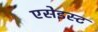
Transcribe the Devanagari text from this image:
एसेइस्ट